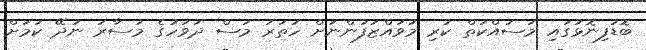
ބޮޑުފިނޮޅުގައި މަސައްކަތް ކުރި މުވައްޒަފުންނަށް ހަތަރު މަސް ދުވަހުގެ މުސާރަ ނުދޭ ކަމަށް